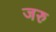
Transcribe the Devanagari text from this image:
जरु